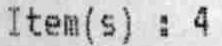
ITEM(S) : 4